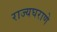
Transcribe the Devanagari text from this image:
राज्यघराणे